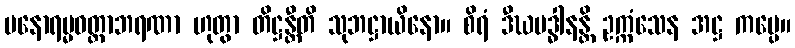
မနောရမ္မဝတ္ထာဘရဏာ ဟုတွာ တိဋ္ဌန္တီတိ သုဘဋ္ဌာယိနော။ စိရံ ဒီဃမဒ္ဓါနန္တိ ဥက္ကံသေန အဋ္ဌ ကပ္ပေ။